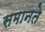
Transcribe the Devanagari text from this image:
समानते